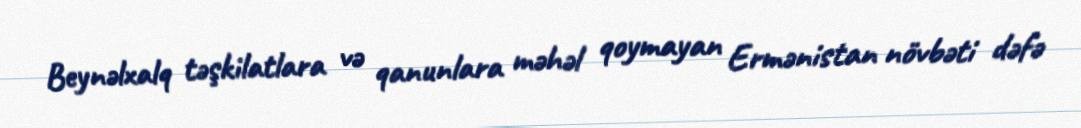
Beynəlxalq təşkilatlara və qanunlara məhəl qoymayan Ermənistan növbəti dəfə